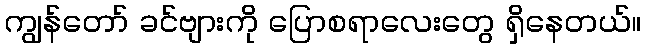
ကျွန်တော် ခင်ဗျားကို ပြောစရာလေးတွေ ရှိနေတယ်။